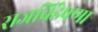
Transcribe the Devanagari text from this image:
राजबिंडेपणा